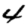
Digit: 4